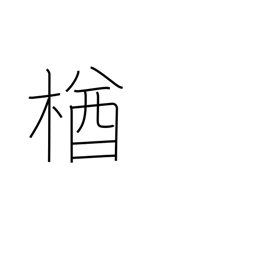
Meaning: oak